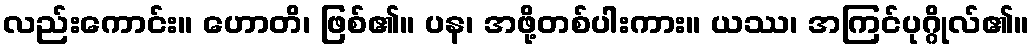
လည်းကောင်း။ ဟောတိ၊ ဖြစ်၏။ ပန၊ အဖို့တစ်ပါးကား။ ယဿ၊ အကြင်ပုဂ္ဂိုလ်၏။